Annual report on the working of the lock hospitals in the Central Provinces
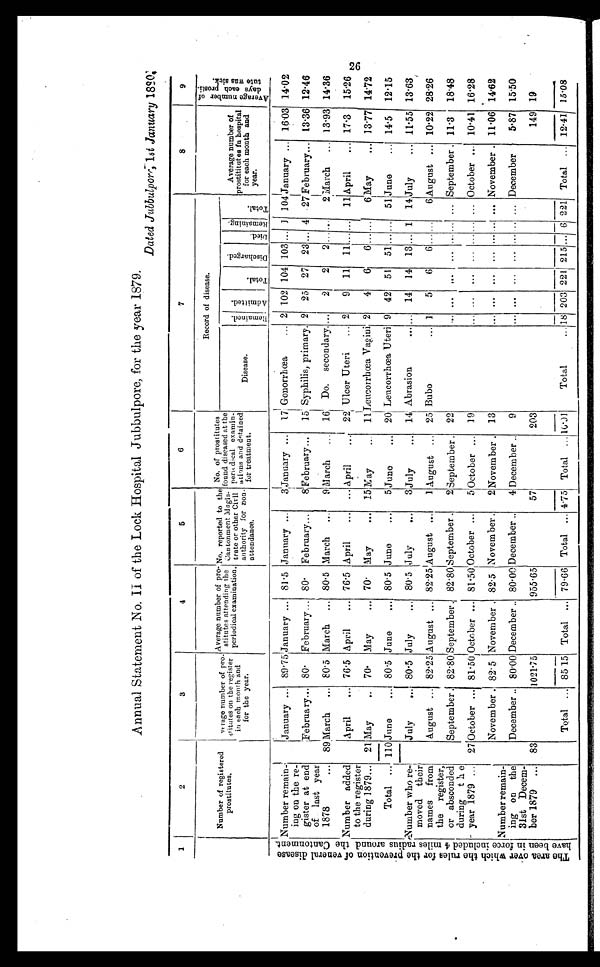
Annual Statement No. II of the Lock Hospital Jubbulpore, for the year 1879.
Dated Jubbulpore, 1st January 1880.
1
2
3
4
5
6
7
8
9
Number of registered
prost i t ut es.
Average number of pro-
stitutes on the register
in each month and
for the year.
Average number of pro-
stitutes attending the
periodical examination.
No. reported to the
Cantonment Magis
trate or other Civil
authority for non.
attendance.
No. of prostitutes
found diseased at the
periodical examin-
ations and detained
for treatment.
Record of disease.
Average number of
prostititutes fn hospital
for each month and
year.
A v e r a g e n u m b e r o f d a y s e a c h p r o s t i t u t e w a s s i e k .
Disease.
Remai ned.
A d m i t t e d .
T o t a l .
D i s c h a r g e d .
Died.
Remai ni ng.
Total .
T h e a r e a o v e r w h i c h t h e r u l e s f o r t h e p r e v e n t i o n o f v e n e r a l d i s e a s e h a v e b e e n i n f o r c e i n c l u d e d 4 m i l e s r a d i u s a r o u n d t h e C a n t o n m e n t .
Number remain-
ing on the re-
gister at end
of last year
1878
...
January ... 89.75 January
81.5 January...
3 January ...
17 Gonorrhœa
... 2 102 104 103 ... 1 104 January ... 16.03 14.02
February... 80. February... 80. February...
8 February...
15 Syphilis, primary. 2 25 27 23 ... 4
2 7 February... 13.36 12.46
89 March
... 80.5 March ... 80.5 March
...
9 March
... 16 Do. secondary. ...
2
2
2 ...
. . . 2 March
13.93 14.36
Number added
to the register
during 1879...
April
... 76.5 April
... 76.5 April
... ... April
... 22 Ulcer Uteri
... 2
9 11
1 1 . . . . . . 11 April
... 17.3
15.26
21 May
.. 70. May
... 70. May
... 15 May
11 Leucorrhœa Vagini 2
4
6
6 ... ...
6 May
... 13.77 14.72
Total ... 110 June
. . .
80.5 June
... 80.5 June
...
5 June
. . .
20 Leucorrhœa Uteri 9 42 51 51 ... ... 51 June
... 14.5
12.15
Number who re-
moved their
names from
the register,
or absconded
during the
year 1879 ...
July
... 80.5 July
... 80.5 July
...
3 July
...
14 Abrasion
... ... 14 14 13 ... 1 14 July
... 11.55 13.63
August ... 82.25 August ... 82.25 August ...
1 August ... 25 Bubo
... 1
5
6
6
. . . . . . 6 August ... 10.22 28.26
September 82.80 September. 82.80 September .
2 September . 22
... ... ... ...
. . . ... ... September 11.3
18.48
27 October ... 81.50 October ... 81.50 October ...
5 October ... 19
. . . . . .
. . .
. . . . . . . . .
. . .
October ... 10.41 16.28
November . 82.5 November
82.5 November .
2 November . 13
... ... ... ... ... ... ... November . 11.06 14.62
Number remain-
ing on the
31st Decem-
ber 1879 ...
December .. 80.00 December . 80.00 December ..
4 December ..
9
. . . . . .
. . .
. . .
. . . . . . ... December
5.87 15.50
83
1021.75
955.65
57
203
149 19
Total ... 85.15 Total ... 79.66 Total ... 4.75 Total ...
1 0 . 0 1
Total
... 18 203 221 215
. . . 6 221 Total ... 12.41 15.08